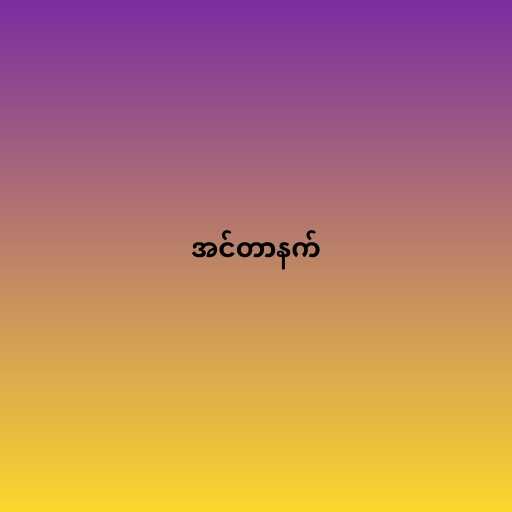
အင်တာနက်